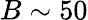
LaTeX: B\sim 50